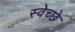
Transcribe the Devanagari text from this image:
स्वेच्छे